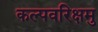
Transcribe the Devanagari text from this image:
कल्पवरिक्षमु